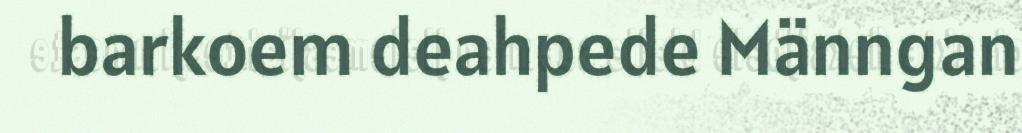
barkoem deahpede Männgan